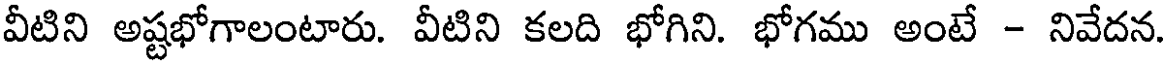
వీటిని అష్టభోగాలంటారు. వీటిని కలది భోగిని. భోగము అంటే - నివేదన.